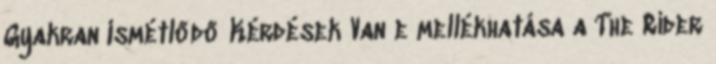
Gyakran Ismétlődő Kérdések Van e mellékhatása a The Rider